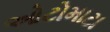
ઓટોમાટા